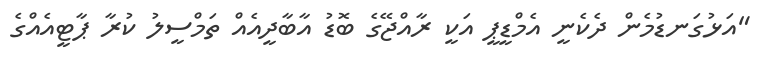
"އަޅުގަނޑުމެން ދެކެނީ އެމްޑީޕީ އަކީ ރާއްޖޭގެ ބޮޑު އާބާދީއެއް ތަމްސީލު ކުރާ ޕާޓީއެއްގެ